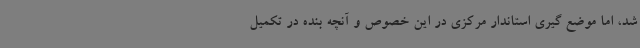
شد، اما موضع گیری استاندار مرکزی در این خصوص و آنچه بنده در تکمیل